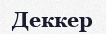
Деккер